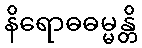
နိရောဓဓမ္မန္တိ